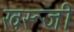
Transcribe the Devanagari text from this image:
खरूजी